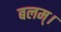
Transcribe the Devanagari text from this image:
बलम्।